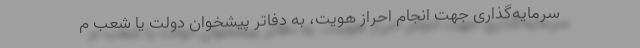
سرمایه‌گذاری جهت انجام احراز هویت، به دفاتر پیشخوان دولت یا شعب م